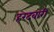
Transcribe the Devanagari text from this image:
हरदवारी